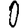
Digit: 0